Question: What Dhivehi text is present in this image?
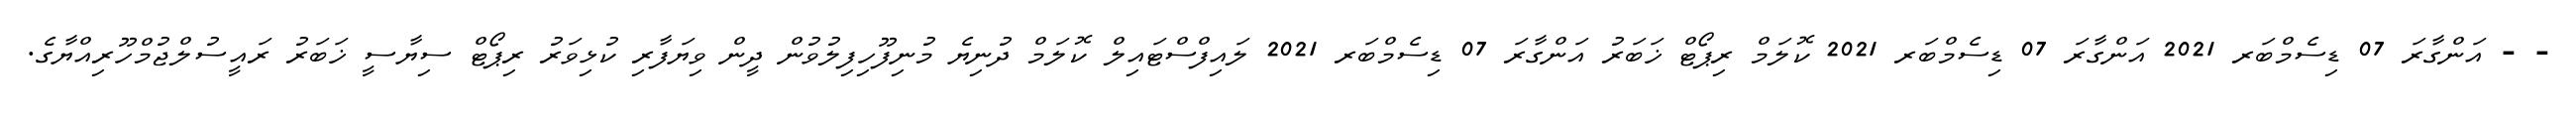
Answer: - - އަންގާރަ 07 ޑިސެމްބަރ 2021 އަންގާރަ 07 ޑިސެމްބަރ 2021 ކޮލަމް ރިޕޯޓް ޚަބަރު އަންގާރަ 07 ޑިސެމްބަރ 2021 ލައިފްސްޓައިލް ކޮލަމް ދުނިޔެ މުނިފޫހިފިލުވުން ދީން ވިޔަފާރި ކުޅިވަރު ރިޕޯޓް ސިޔާސީ ޚަބަރު ރައީސުލްޖުމްހޫރިއްޔާގެ.